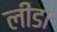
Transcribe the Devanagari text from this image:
लीडा